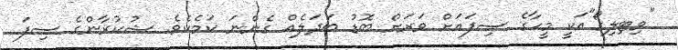
"ވިޓިލިގޯ"އަކީ މީހާގެ ސިފައަށް ވަރަށް ބޮޑު ބަދަލެއް ގެންނަ ކަމެކެވެ. ޝުކުރާންގެ ސިފަ